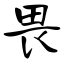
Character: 畏